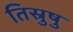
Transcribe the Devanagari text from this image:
तिस्रुषु